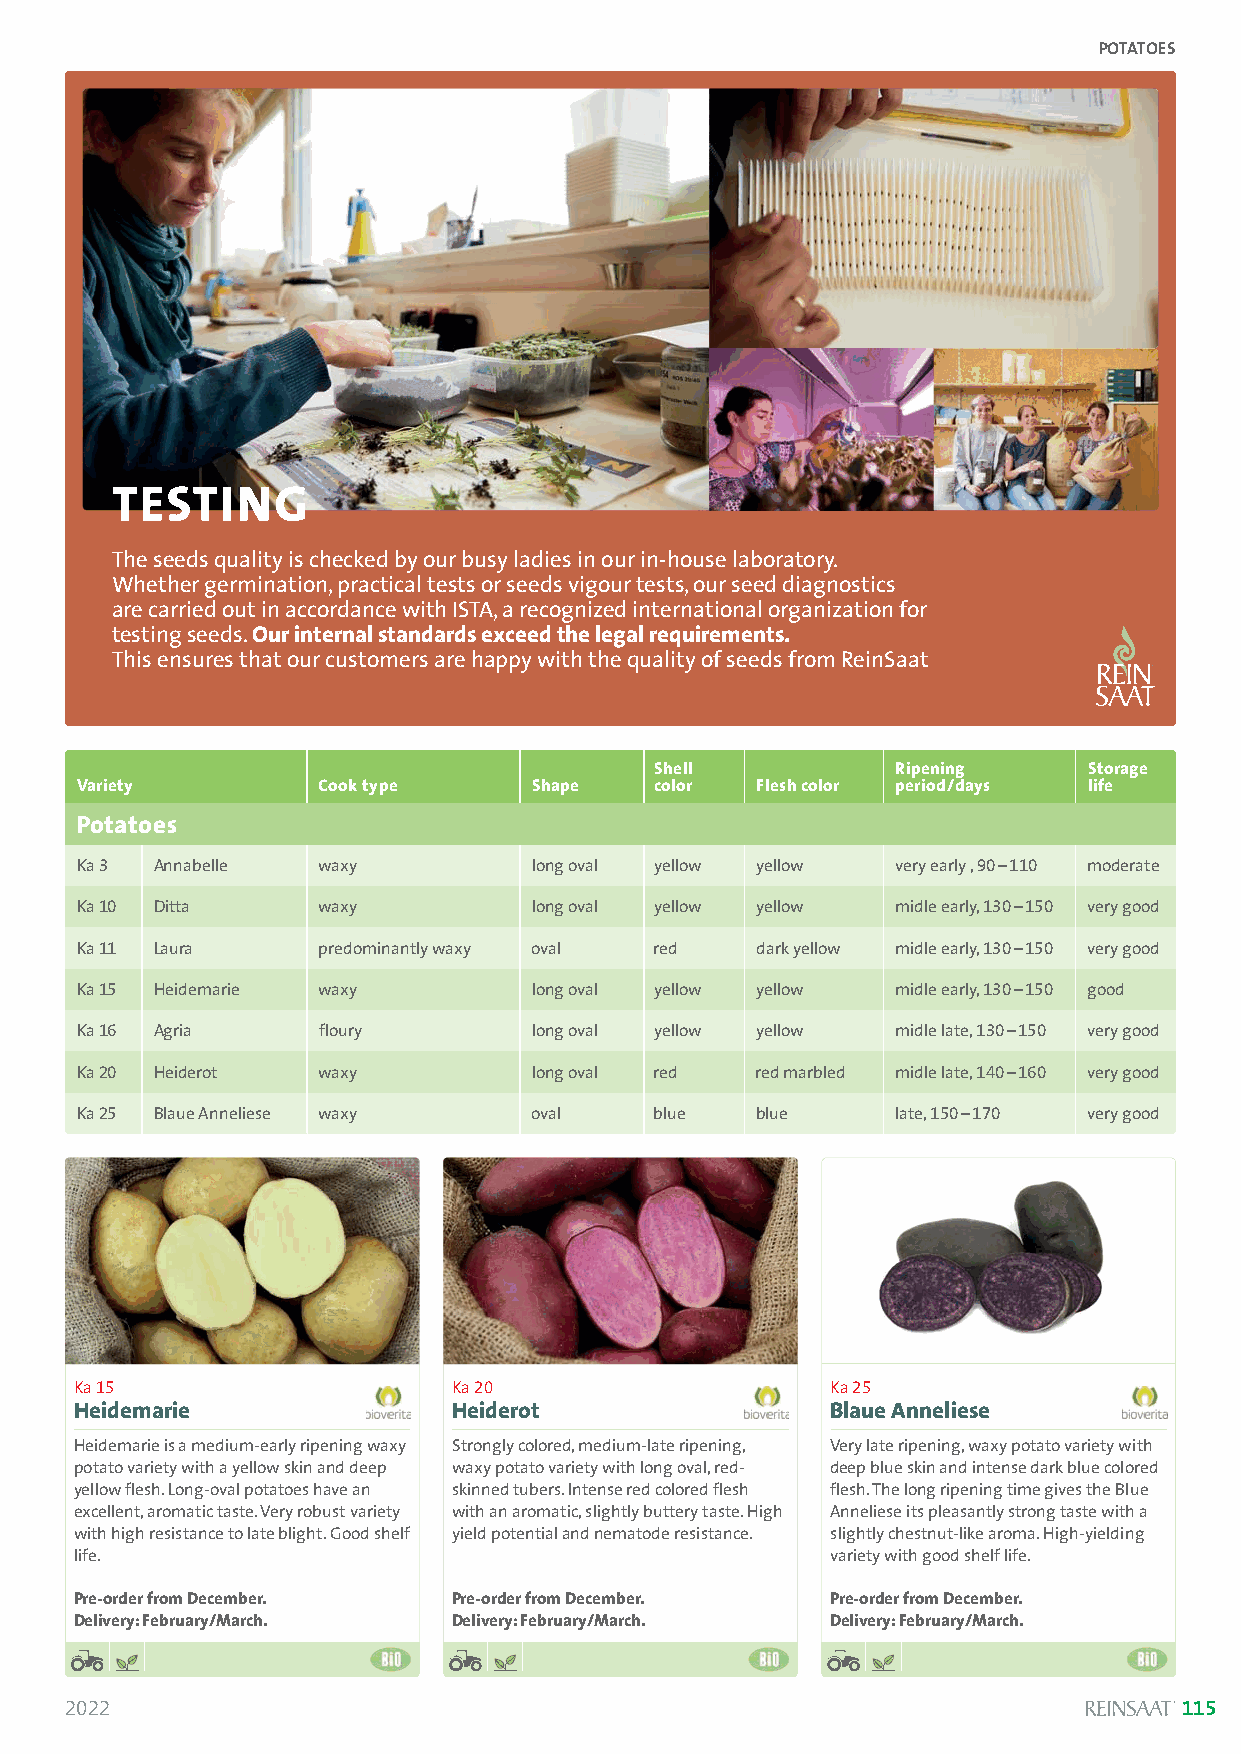
POTATOES
 TESTING
 The seeds quality is checked by our busy ladies in our in-house laboratory.
 Whether germination, practical tests or seeds vigour tests, our seed diagnostics
 are carried out in accordance with ISTA, a recognized international organization for
 testing seeds. Our internal standards exceed the legal requirements.
 This ensures that our customers are happy with the quality of seeds from ReinSaat
 Shell           Ripening     Storage
 Variety         Cook type     Shape   color  Flesh color period/days life
 Potatoes
 Ka 3 Annabelle  waxy          long oval yellow yellow very early , 90–110 moderate
 Ka 10 Ditta     waxy          long oval yellow yellow midle early, 130–150 very good
 Ka 11 Laura     predominantly waxy oval red  dark yellow midle early, 130–150 very good
 Ka 15 Heidemarie waxy         long oval yellow yellow midle early, 130–150 good
 Ka 16 Agria     floury        long oval yellow yellow midle late, 130–150 very good
 Ka 20 Heiderot  waxy          long oval red  red marbled midle late, 140–160 very good
 Ka 25 Blaue Anneliese waxy    oval    blue   blue     late, 150–170 very good
 Ka 15                    Ka 20                    Ka 25
 Heidemarie               Heiderot                 Blaue Anneliese
 Heidemarie is a medium-early ripening waxy Strongly colored, medium-late ripening, Very late ripening, waxy potato variety with
 potato variety with a yellow skin and deep waxy potato variety with long oval, red- deep blue skin and intense dark blue colored
 yellow flesh. Long-oval potatoes have an skinned tubers. Intense red colored flesh flesh. The long ripening time gives the Blue
 excellent, aromatic taste. Very robust variety with an aromatic, slightly buttery taste. High Anneliese its pleasantly strong taste with a
 with high resistance to late blight. Good shelf yield potential and nematode resistance. slightly chestnut-like aroma. High-yielding
 life.                                             variety with good shelf life.
 Pre-order from December. Pre-order from December. Pre-order from December.
 Delivery: February/March. Delivery: February/March. Delivery: February/March.
 2022                                                                      115